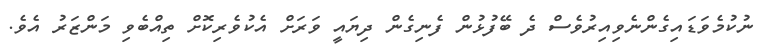
ނުކުމެވަޑައިގެންނެވިއިރުވެސް ދެ ބޭފުޅުން ފެނިގެން ދިޔައީ ވަރަށް އެކުވެރިކޮށް ތިއްބެވި މަންޒަރު އެވެ.